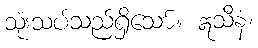
သုံးသပ်သည်ရှိသော်။ ဣသီနံ၊